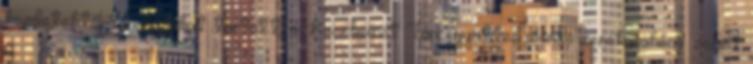
kezdetektől táncházakat tartott, a Kecskemét Táncegyüttes állandó zenekaraként zenélt